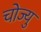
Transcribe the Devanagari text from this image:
चोज्यु